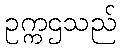
ဥက္ကဌသည်